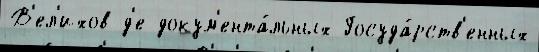
В'ел'ихов д'е докум'ента́льных Госуда́рств'енных